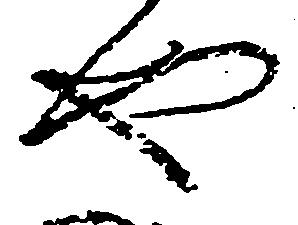
や